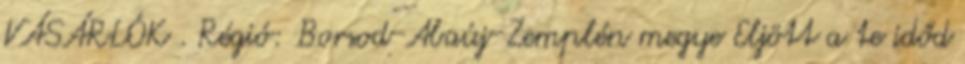
VÁSÁRLÓK . Régió: Borsod-Abaúj-Zemplén megye Eljött a te időd